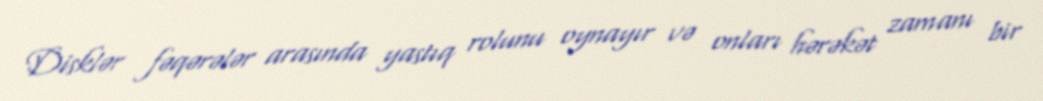
Disklər fəqərələr arasında yastıq rolunu oynayır və onları hərəkət zamanı bir